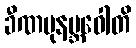
ခီဏပုနဗ္ဘဝေါတိ